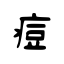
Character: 痘